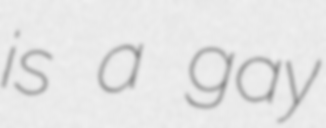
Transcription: is a gay